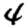
Digit: 4